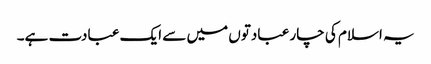
یہ اسلام کی چار عبادتوں میں سے ایک عبادت ہے۔